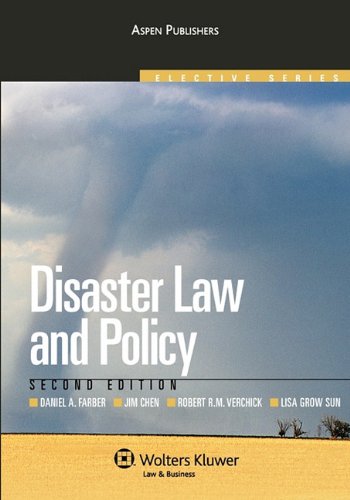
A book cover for Disaster Law and Policy, Second Edition (Aspen Elective); Daniel A. Farber; Science & Math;